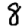
Digit: 8